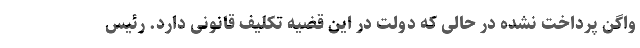
واگن پرداخت نشده در حالی که دولت در این قضیه تکلیف قانونی دارد. رئیس